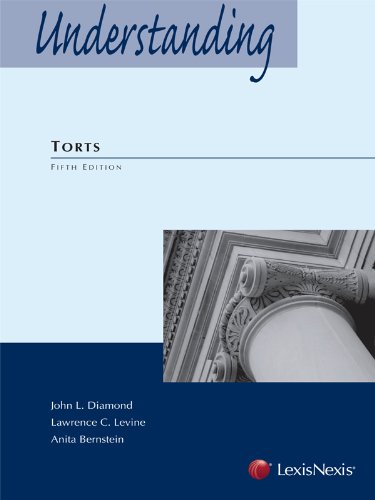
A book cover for Understanding Torts; John L. Diamond; Law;